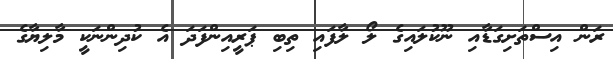
ރަން އިސްތަށިގަޑާއި ނޫކުލައިގެ ލޯ ލާފައި ތިބި ޕަރީއިންފަދަ އެ ކުދިންނަކީ މާލިޔާގެ